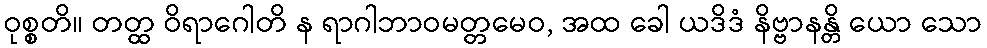
ဝုစ္စတိ။ တတ္ထ ဝိရာဂေါတိ န ရာဂါဘာဝမတ္တမေဝ, အထ ခေါ ယဒိဒံ နိဗ္ဗာနန္တိ ယော သော